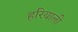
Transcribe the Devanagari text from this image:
हरियाली